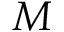
M